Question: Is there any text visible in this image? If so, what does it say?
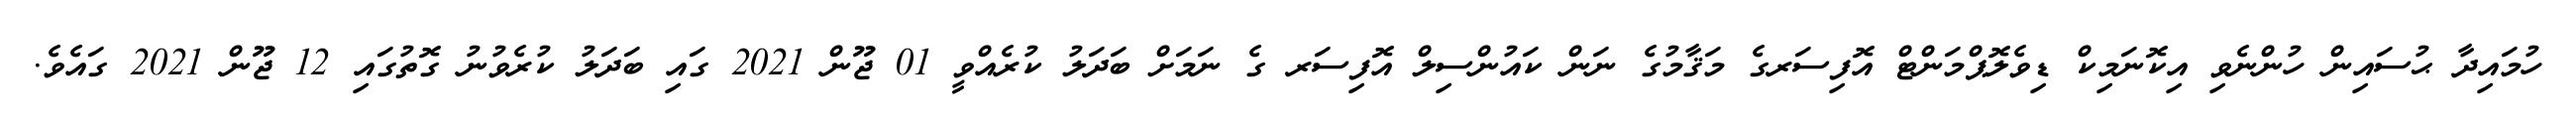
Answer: ހުމައިދާ ޙުސައިން ހުންނެވި އިކޮނަމިކް ޑިވެލޮޕްމަންޓް އޮފިސަރގެ މަޤާމުގެ ނަން ކައުންސިލް އޮފިސަރ ގެ ނަމަށް ބަދަލު ކުރެއްވީ 01 ޖޫން 2021 ގައި ބަދަލު ކުރެވުނު ގޮތުގައި 12 ޖޫން 2021 ގައެވެ.